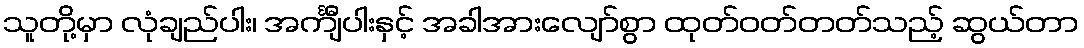
သူတို့မှာ လုံချည်ပါး၊ အင်္ကျီပါးနှင့် အခါအားလျော်စွာ ထုတ်ဝတ်တတ်သည့် ဆွယ်တာ